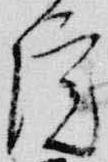
院